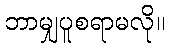
ဘာမျှပူစရာမလို။